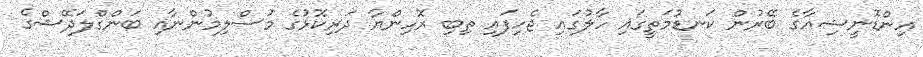
އިންޑޮނީޝިއާގެ ބޭރުން ކަނޑުމަތީގައި ހާލުގައި ޖެހިފައި ތިބި ރޮހިންޔާ ދަރިކޮޅުގެ މުސްލިމުންނާއި ބަންގްލަދޭޝްގެ